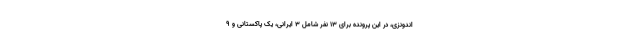
اندونزی، در این پرونده برای ۱۳ نفر شامل 3 ایرانی، یک پاکستانی و ۹